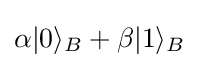
\alpha |0\rangle _{B}+\beta |1\rangle _{B}